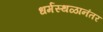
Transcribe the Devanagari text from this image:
धर्मस्थळानंतर